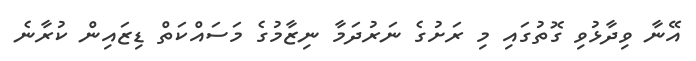
އޭނާ ވިދާޅުވި ގޮތުގައި މި ރަށުގެ ނަރުދަމާ ނިޒާމުގެ މަސައްކަތް ޑިޒައިން ކުރާނެ